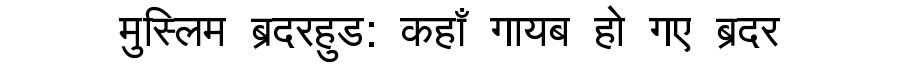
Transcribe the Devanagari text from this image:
मुस्लिम ब्रदरहुड: कहाँ गायब हो गए ब्रदर